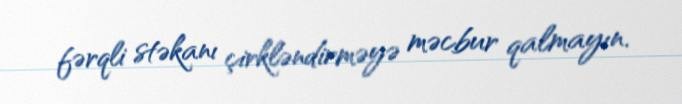
fərqli stəkanı çirkləndirməyə məcbur qalmayın.